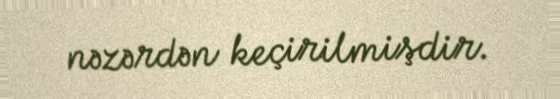
nəzərdən keçirilmişdir.